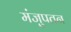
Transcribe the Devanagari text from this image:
मंजुपतन